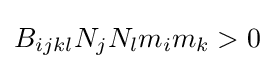
B_{ijkl}N_{j}N_{l}m_{i}m_{k}>0